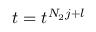
t = t ^ { N _ { 2 } j + l }